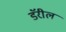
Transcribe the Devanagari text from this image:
डॅरील